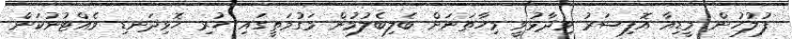
ފުލުހުން މީޑިއާ އޮފިސަރު ވިދާޅުވީ މިހާތަނަށް ބެލިބެލުމުން މަގުމަތީގައި ހުރި ހޮޅިދަނޑި ވެއްޓުނުކަން